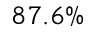
8 7 . 6 \%